Source: Handwritten
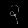
Digit: ၃ (3)